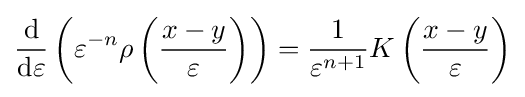
{\frac {\mathrm {d} }{\mathrm {d} \varepsilon }}\left(\varepsilon ^{-n}\rho \left({\frac {x-y}{\varepsilon }}\right)\right)={\frac {1}{\varepsilon ^{n+1}}}K\left({\frac {x-y}{\varepsilon }}\right)